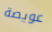
عويصة